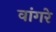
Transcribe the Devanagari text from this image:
वांगरे